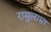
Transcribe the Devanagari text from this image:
रामुलामा